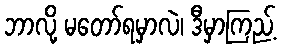
ဘာလို့ မတော်ရမှာလဲ၊ ဒီမှာကြည့်